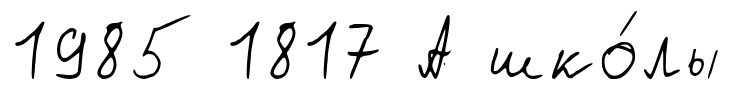
1985 1817 А шко́лы